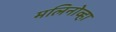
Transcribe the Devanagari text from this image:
मलिनोव्हा